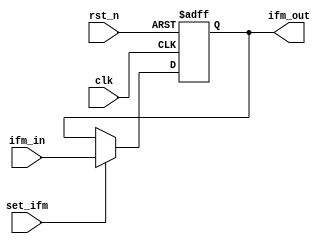
module IFM_BUFF #(parameter DATA_WIDTH = 8) (
		input clk
	 ,input rst_n
	 ,input set_ifm
	 ,input  [DATA_WIDTH-1:0] ifm_in
	 ,output [DATA_WIDTH-1:0] ifm_out
	 );

	reg [DATA_WIDTH-1:0] ifm;
	
	always @(posedge clk or negedge rst_n) begin
		if(!rst_n) begin
			ifm <= 0;
		end
		else if(set_ifm) begin
			ifm <= ifm_in;
		end
		else begin
			ifm <= ifm;
		end
  end
	assign ifm_out = ifm;
endmodule